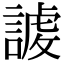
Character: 𧪤